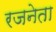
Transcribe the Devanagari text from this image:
रजनेता